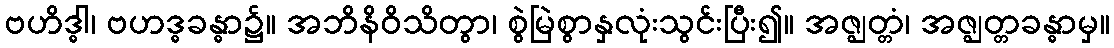
ဗဟိဒ္ဓါ၊ ဗဟဒ္ဓခန္ဓာ၌။ အဘိနိဝိသိတွာ၊ စွဲမြဲစွာနှလုံးသွင်းပြီး၍။ အဇ္ဈတ္တံ၊ အဇ္ဈတ္တခန္ဓာမှ။